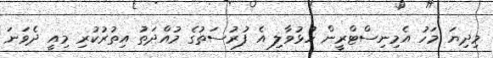
މިދިޔަ މަހު އެމިނިސްޓްރީން ހުޅުވާލި އެ ފުރުސަތުގެ މުއްދަތު އިތުރުކުރި މިއީ ދެވަނަ